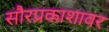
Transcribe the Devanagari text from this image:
सौरप्रकाशावर